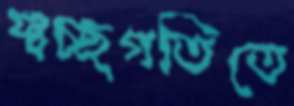
স্বচ্ছগতিতে